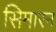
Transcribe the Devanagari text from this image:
सिमारन